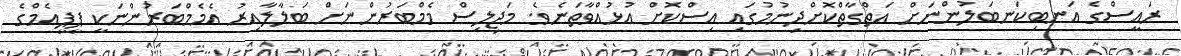
ރައީސްގެ އަނބިކަނބަލުންނަށް އަތްގާތްކޮށްދިނުމުގައި އިސްކޮށް އުޅުއްވާތަނެވެ. މަޖިލިސް މެމްބަރުންނަށް ބަލާލާއިރު އެމެމްބަރުންނަކީ ޕީޕީއެމްގެ